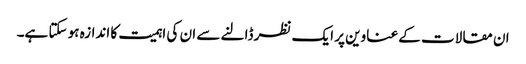
ان مقالات کے عناوین پر ایک نظر ڈالنے سے ان کی اہمیت کا اندازہ ہو سکتا ہے۔